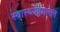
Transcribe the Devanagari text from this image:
स्वास्थ्यप्रशासन